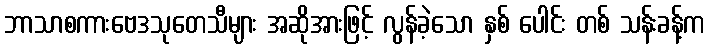
ဘာသာစကားဗေဒသုတေသီများ အဆိုအားဖြင့် လွန်ခဲ့သော နှစ် ပေါင်း တစ် သန်းခန့်က